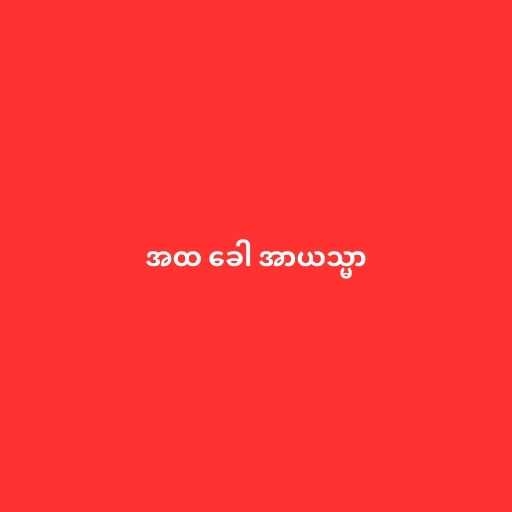
အထ ခေါ အာယသ္မာ